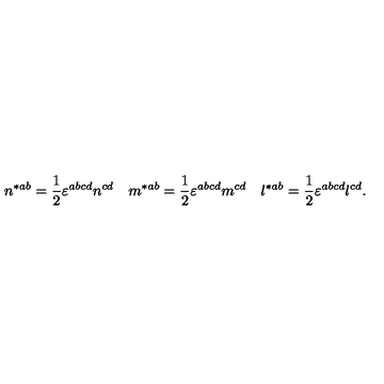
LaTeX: n ^ { * a b } = \frac 1 2 \varepsilon ^ { a b c d } n ^ { c d } \quad m ^ { * a b } = \frac 1 2 \varepsilon ^ { a b c d } m ^ { c d } \quad l ^ { * a b } = \frac 1 2 \varepsilon ^ { a b c d } l ^ { c d } .